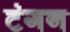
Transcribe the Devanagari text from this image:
टंगन